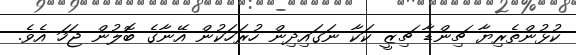
ކުޅުންތެރިޔާ ޗިންޑާ ޗިޒީ ކަކާ ނަގައިދިން ހުރަހަކުން އޭނާގެ ބޮލުން ޖަހަ އެވެ.